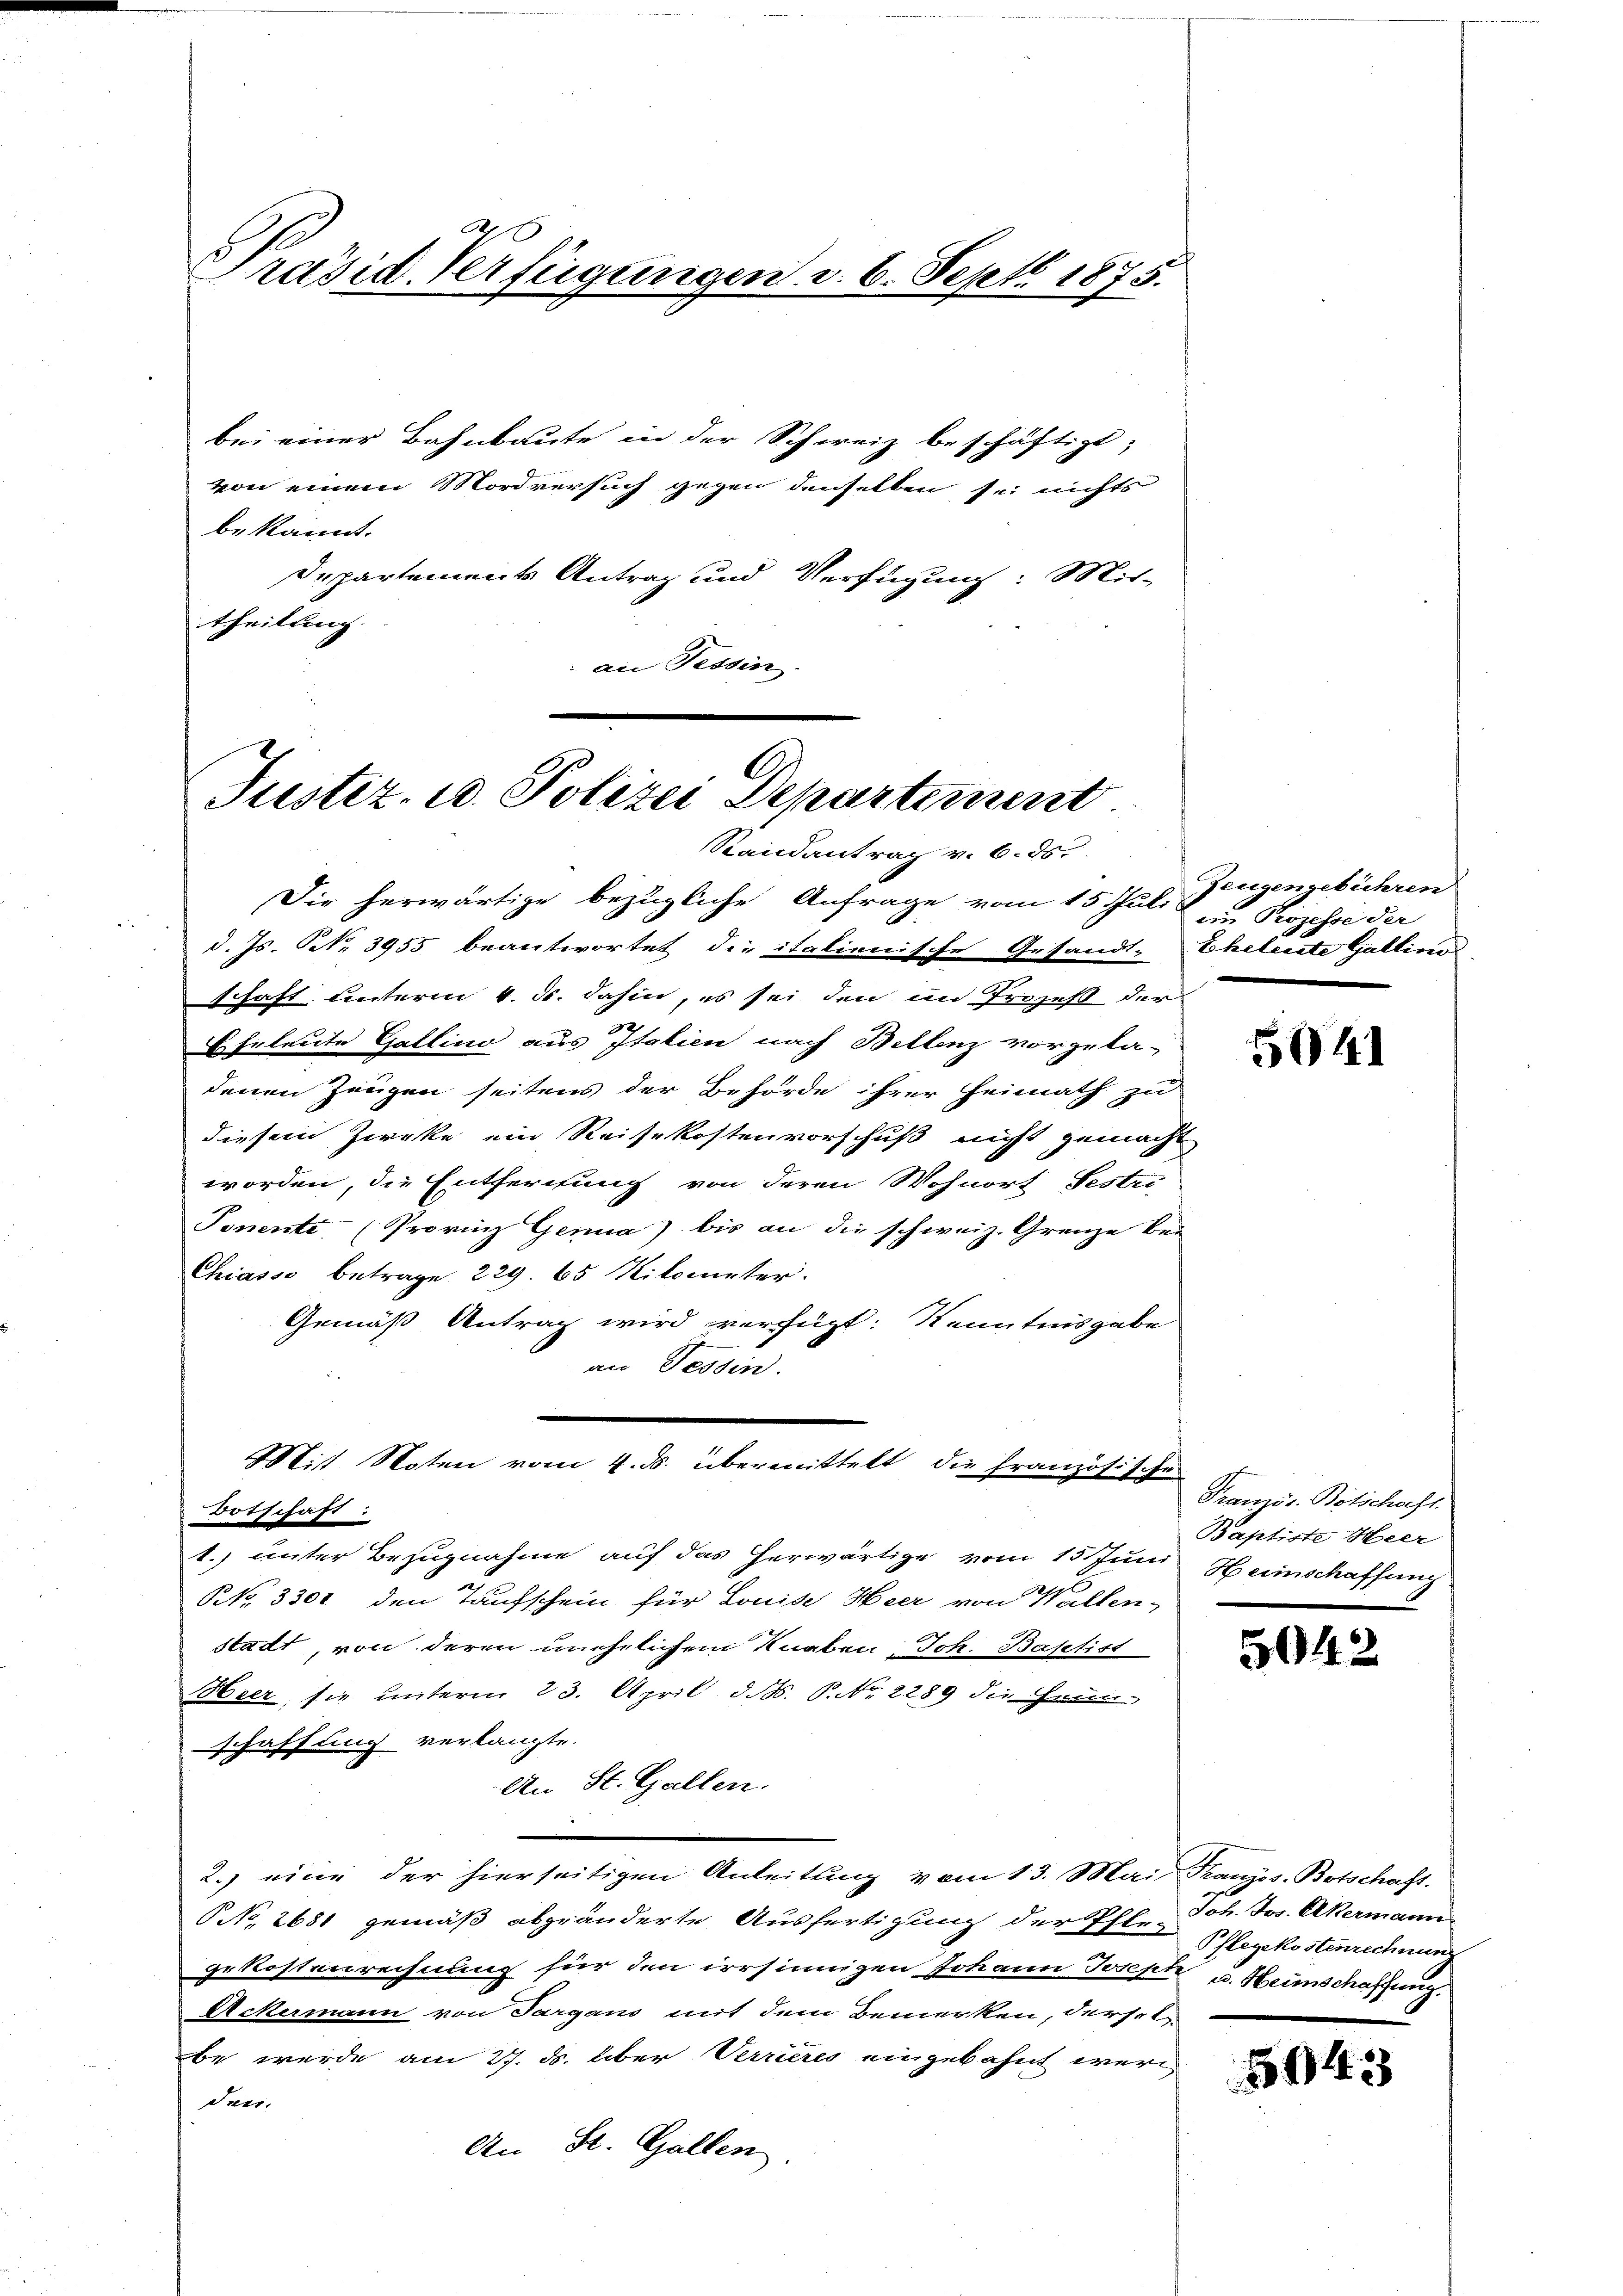
Präsid Verfügungen v. 6. Sept 1875.

bei einer Bahnbaute in der Schweiz beschäftigt;
von einem Mordversuch gegen denselben sei nichts
bekannt.
Departements Antrag und Verfügung: Mit-
theilung.
an Tessin.

C
Justiz- u. Polizei Departement
Randant

2. 6
g
r
e

Die herwärtige bezügliche Anfrage vom 15. Juli
d. Js. Art. 3955. beantwortet die italienische Gesandt-
schaft unterm 4. d. dahin, es sei den im Prozeß der
Eheleute Gallino aus Italien nach Bellenz vorgela-
denen Zeugen seitens der Behörde ihrer Heimath zu
diesem Zwecke ein Reisekostenvorschuß nicht gemacht
worden, die Entferchung von deren Wohnort Festri
Ponente, (Provinz Genua) bis an die schweiz. Grenze bei
Chiasso betrage. 229. 65 Kilometer.
Gemäß Antrag wird verfügt: Kenntnisgabe
an Tessin.
Botschaft:
1. unter Bezugnahme auf das herwärtige vom 15. Juni Heimschaffung
NNo. 3301 den Taufschein für Louise Heer von Walten,
stadt, von deren unehelichem Knaben, Joh. Baptist
Heer, sie unterm 23. April d. M. P. Nr. 2289 die Hein-
schaffung verlangte.
An St. Gallen.
e
2.) eine der hierseitigen Anleitung vom 13. Mai Französ. Botschaft.
NNo. 2681 gemäß abgeänderte Ausfertigung der Pfle. 2. Jos. Akermann
gekostenrechnung für den irrsinnigen Johann Joseph u. Heimschaffung
Ackermann von Sargaus mit dem Bemerken, derselbe werde am 27. ds. über Verrieres eingebahnt werd
den.
An St. Gallen

Mit Malen vom 12. Abenthalt diesen sollte

Zeugengebühren
in Prozesse der
Eheleute Gallino.

5041

Französ. Botschaft.
Baptiste Heer

5942

Pflegekostenrechnung

5943